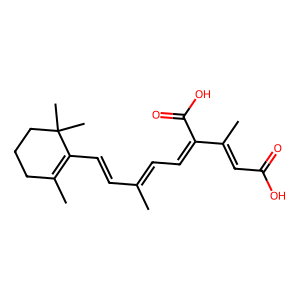
SMILES: CC(C=CC1=C(C)CCCC1(C)C)=CC=C(C(=O)O)C(C)=CC(=O)O
Inhibits HIV replication: No